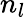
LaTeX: n_{l}